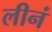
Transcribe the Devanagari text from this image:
लीनं